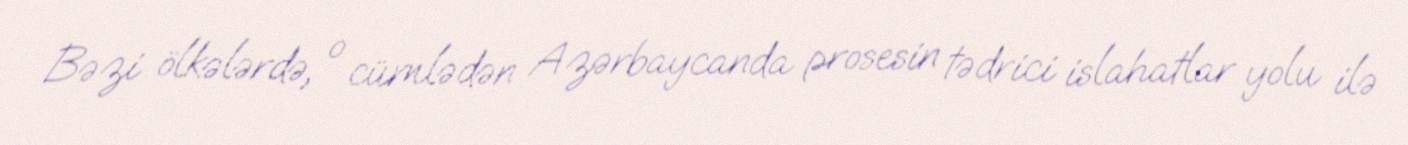
Bəzi ölkələrdə, o cümlədən Azərbaycanda prosesin tədrici islahatlar yolu ilə